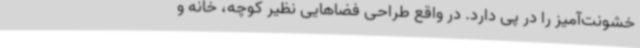
خشونت‌آمیز را در پی دارد. در واقع طراحی فضاهایی نظیر کوچه، خانه و